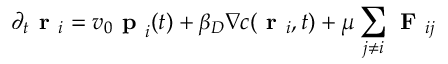
\partial _ { t } \textbf { r } _ { i } = v _ { 0 } \textbf { p } _ { i } ( t ) + \beta _ { D } \nabla c ( \textbf { r } _ { i } , t ) + \mu \sum _ { j \neq i } \textbf { F } _ { i j }